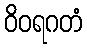
ဝိဝရဂတံ